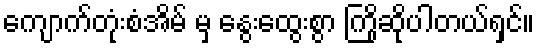
ကျောက်တုံးစံအိမ် မှ နွေးထွေးစွာ ကြိုဆိုပါတယ်ရှင်။